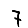
Digit: 7